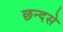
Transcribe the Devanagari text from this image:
छन्दसे